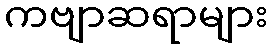
ကဗျာဆရာများ